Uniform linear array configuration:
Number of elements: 32
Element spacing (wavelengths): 0.75
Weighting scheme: blackman
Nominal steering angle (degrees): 30
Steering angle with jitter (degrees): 29.025
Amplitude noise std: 0.05
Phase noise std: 0.05

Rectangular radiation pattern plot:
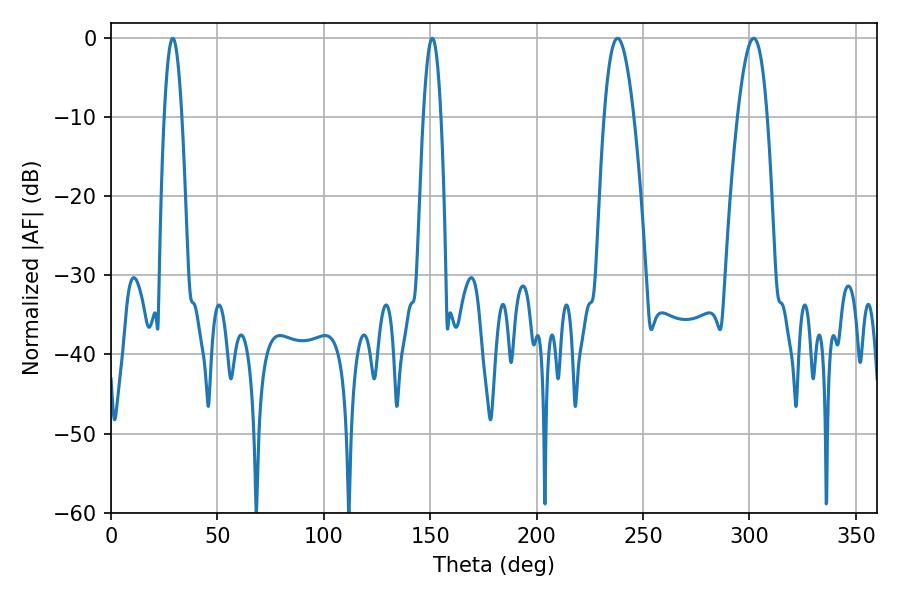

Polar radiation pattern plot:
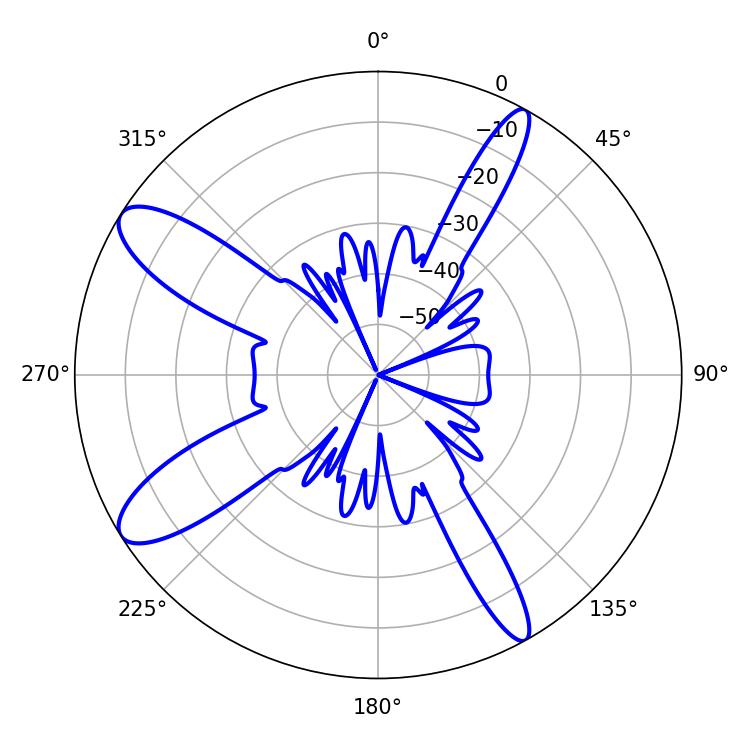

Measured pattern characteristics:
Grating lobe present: TRUE
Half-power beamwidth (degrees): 7.74
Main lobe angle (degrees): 237.96